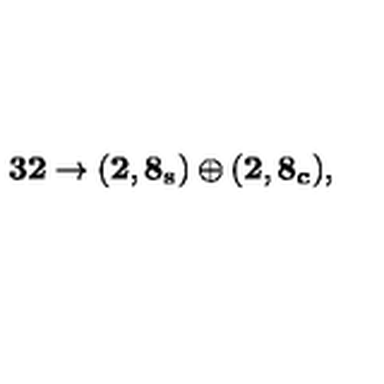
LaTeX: { { \bf 3 2 } \rightarrow ( \bf { 2 , 8 _ { s } } ) \oplus ( \bf { 2 , 8 _ { c } } ) , }